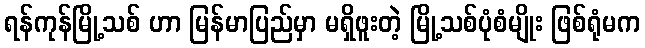
ရန်ကုန်မြို့သစ် ဟာ မြန်မာပြည်မှာ မရှိဖူးတဲ့ မြို့သစ်ပုံစံမျိုး ဖြစ်ရုံမက